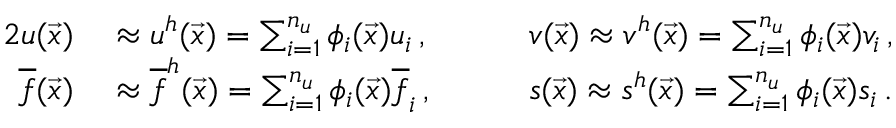
\begin{array} { r l r l } { { 2 } u ( \vec { x } ) } & { { } \approx u ^ { h } ( \vec { x } ) = \sum _ { i = 1 } ^ { n _ { u } } \phi _ { i } ( \vec { x } ) u _ { i } \, , \quad } & { } & { { } v ( \vec { x } ) \approx v ^ { h } ( \vec { x } ) = \sum _ { i = 1 } ^ { n _ { u } } \phi _ { i } ( \vec { x } ) v _ { i } \, , } \\ { \overline { f } ( \vec { x } ) } & { { } \approx \overline { { f } } ^ { h } ( \vec { x } ) = \sum _ { i = 1 } ^ { n _ { u } } \phi _ { i } ( \vec { x } ) \overline { f } _ { i } \, , \quad } & { } & { { } s ( \vec { x } ) \approx s ^ { h } ( \vec { x } ) = \sum _ { i = 1 } ^ { n _ { u } } \phi _ { i } ( \vec { x } ) s _ { i } \, . } \end{array}